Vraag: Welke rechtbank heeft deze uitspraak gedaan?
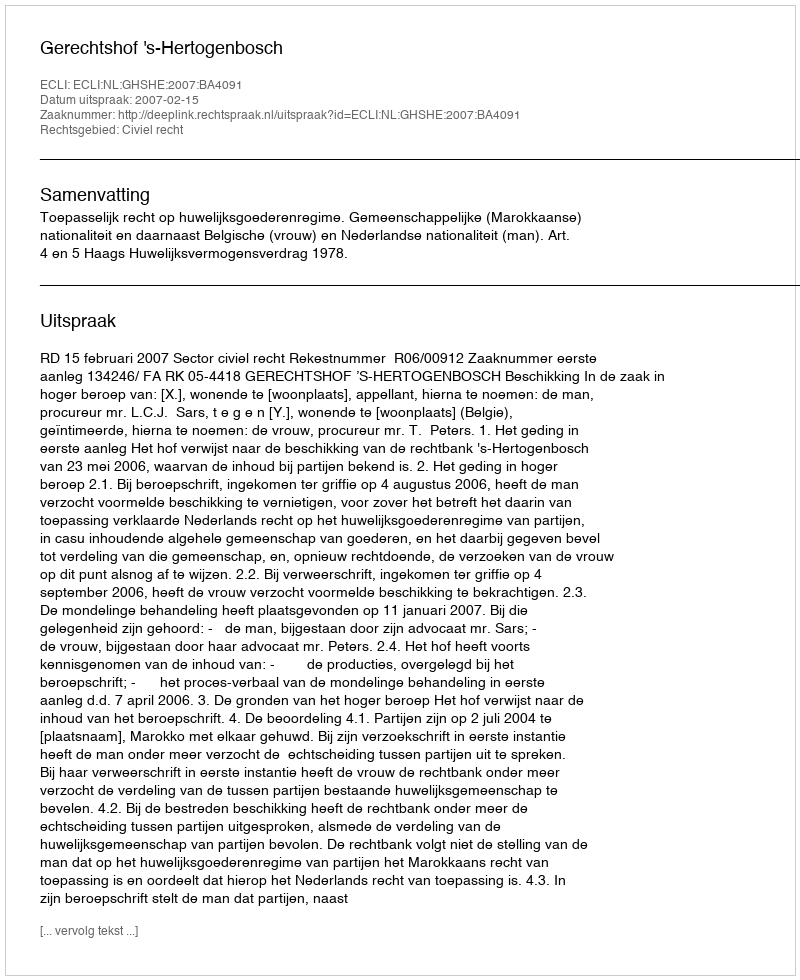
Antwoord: Gerechtshof 's-Hertogenbosch